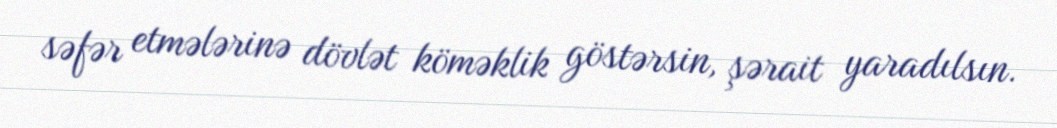
səfər etmələrinə dövlət köməklik göstərsin, şərait yaradılsın.